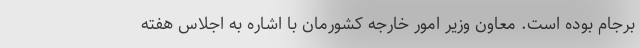
برجام بوده است. معاون وزیر امور خارجه کشورمان با اشاره به اجلاس هفته